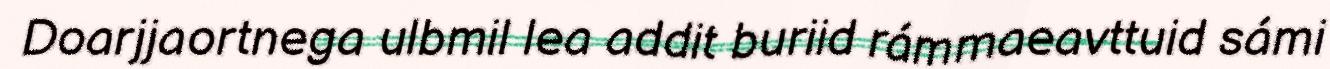
Doarjjaortnega ulbmil lea addit buriid rámmaeavttuid sámi